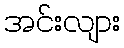
အင်းလျား